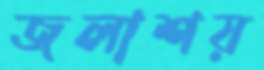
জলাশয়